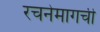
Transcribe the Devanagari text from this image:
रचनेमागची